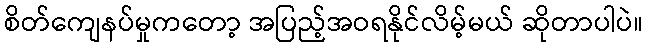
စိတ်ကျေနပ်မှုကတော့ အပြည့်အဝရနိုင်လိမ့်မယ် ဆိုတာပါပဲ။